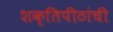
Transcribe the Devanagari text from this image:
शक्तिपीठांची